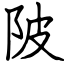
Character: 陂